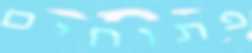
פתוחים